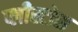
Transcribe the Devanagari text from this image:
प्लीस्टोस